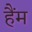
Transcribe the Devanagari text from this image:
हैंम